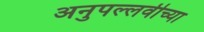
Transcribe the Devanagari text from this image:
अनुपल्लवीच्या